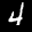
Label: 4